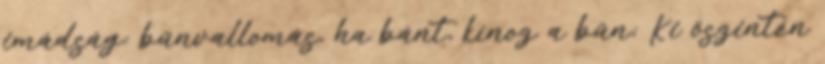
imádság: bűnvallomás, ha bánt, kínoz a bűn; Ki őszintén